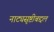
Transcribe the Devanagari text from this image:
नाट्यसृष्टीबद्दल